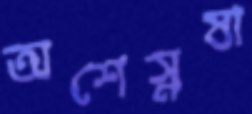
অশেস্নষা